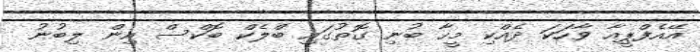
އޭއެފްޕީއާ ވާހަކަ ދެއްކި މީހާ ބުނި ގޮތުގައި ބްލެކް ބޮކްސް އިން ލިބުނު